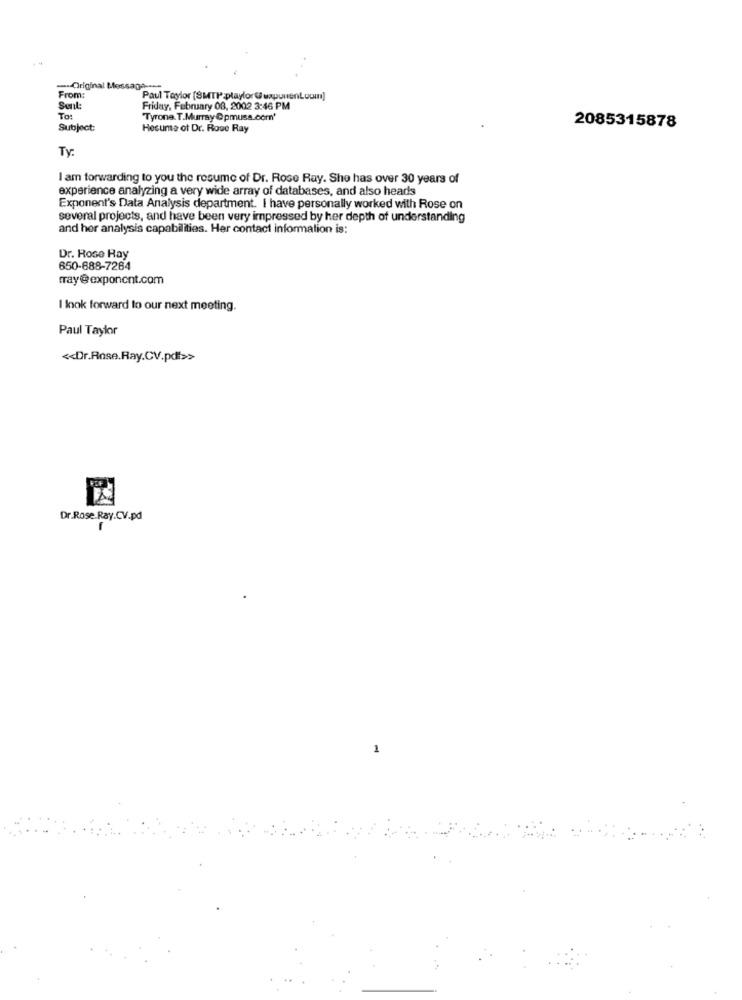
---- Original Message -...
From :
Paul Taylor (SMTP playlor @exponenLoom]
Sent:
Friday, February 08, 2002 3:46 PM
To:
"Tyrone. T.Murray @pmuss.com'
Subject:
Hesuma ot Dr. Rose Ray
2085315878
Ty:
I am forwarding to you the resume of Dr. Rose Ray. She has over 30 years of
experience analyzing a very wide array of databases, and also heads
Exponent's Data Analysis department. I have personally worked with Rose on
several projects, and have been very impressed by her depth of understanding
and her analysis capabilities. Her contact information is:
Dr. Rose Ray
650-688-7264
fray@exponent.com
I look forward to our next meeting.
Paul Taylor
<< Dr.Rose.Ray.CV.pdf>>
Dr.Rose.Ray.CV.pd
-